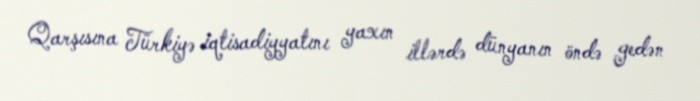
Qarşısına Türkiyə iqtisadiyyatını yaxın illərdə dünyanın öndə gedən